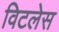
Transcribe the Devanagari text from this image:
विटलेस